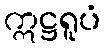
ဣဋ္ဌရူပံ